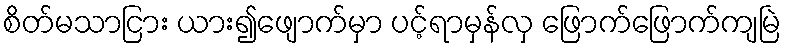
စိတ်မသာငြား ယား၍ဖျောက်မှာ ပင့်ရာမှန်လှ ဖြောက်ဖြောက်ကျမြဲ